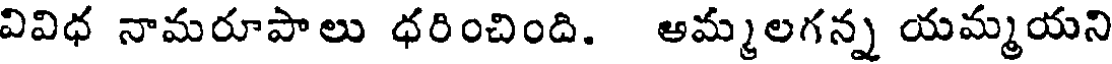
వివిధ నామరూపాలు ధరించింది. అమ్మలగన్న యమ్మయని